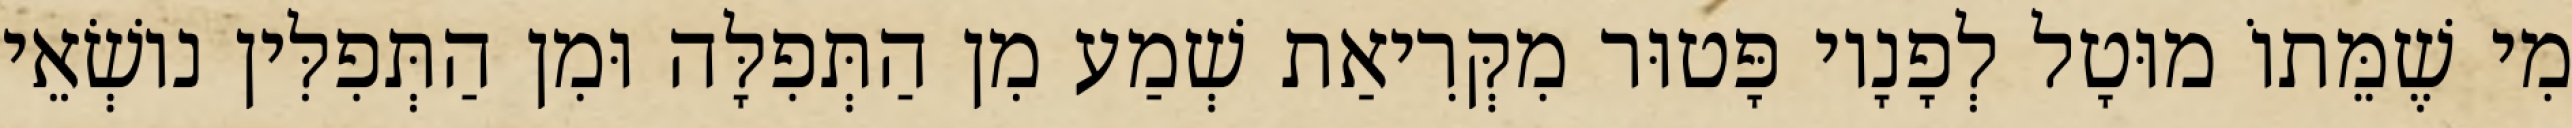
מִי שֶׁמֵּתוֹ מוּטָל לְפָנָיו פָּטוּר מִקְּרִיאַת שְׁמַע מִן הַתְּפִלָּה וּמִן הַתְּפִלִּין נוֹשְׂאֵי